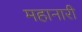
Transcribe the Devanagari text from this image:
महानारी